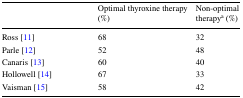
<table><thead><tr><td></td><td><b>Optimal thyroxine therapy (%)</b></td><td><b>Non-optimal therapy<sup>a</sup> (%)</b></td></tr></thead><tbody><tr><td>Ross [11]</td><td>68</td><td>32</td></tr><tr><td>Parle [12]</td><td>52</td><td>48</td></tr><tr><td>Canaris [13]</td><td>60</td><td>40</td></tr><tr><td>Hollowell [14]</td><td>67</td><td>33</td></tr><tr><td>Vaisman [15]</td><td>58</td><td>42</td></tr></tbody></table>